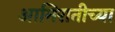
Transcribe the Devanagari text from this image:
आमिरातीच्या